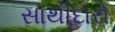
સાથીદારો